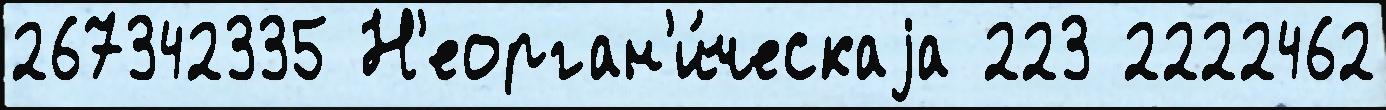
267342335 Н'еорган'и́ческаjа 223 2222462